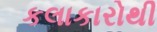
કલાકારોથી